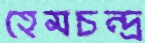
হেমচন্দ্র